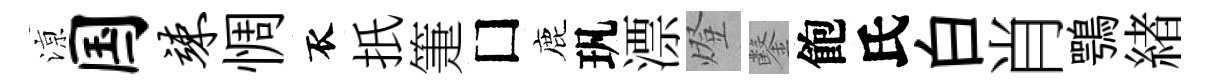
鿌国竦惆衣扺箑□鹿㺬漂燈鑿飽氏白肖鶚緖